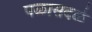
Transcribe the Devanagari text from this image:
पळासदळे